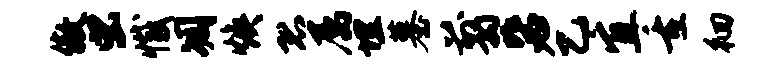
傲虫撼凋焕恐属埋墓翦毖乙宜重徊